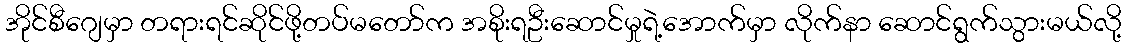
အိုင်စီဂျေမှာ တရားရင်ဆိုင်ဖို့တပ်မတော်က အစိုးရဦးဆောင်မှုရဲ့အောက်မှာ လိုက်နာ ဆောင်ရွက်သွားမယ်လို့